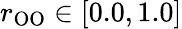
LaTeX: r_{\mathrm{OO}}\in[0.0,1.0]